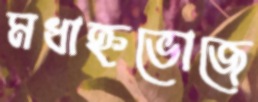
মধাহ্নভোজে